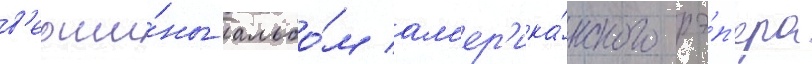
в'ерши́ны альбо́м ам'ер'ика́нского рэ́п'ера